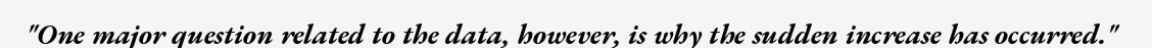
"One major question related to the data, however, is why the sudden increase has occurred."